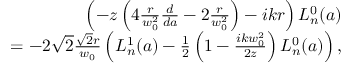
\begin{array} { r l r } & { } & { \left( - z \left( 4 \frac { r } { w _ { 0 } ^ { 2 } } \frac { d } { d a } - 2 \frac { r } { w _ { 0 } ^ { 2 } } \right) - i k r \right) L _ { n } ^ { 0 } ( a ) } \\ & { } & { = - 2 \sqrt { 2 } \frac { \sqrt { 2 } r } { w _ { 0 } } \left( L _ { n } ^ { 1 } ( a ) - \frac { 1 } { 2 } \left( 1 - \frac { i k w _ { 0 } ^ { 2 } } { 2 z } \right) L _ { n } ^ { 0 } ( a ) \right) , } \end{array}